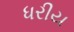
ધરીય